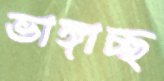
ভাঙ্গাচ্ছ